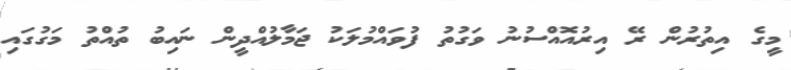
މީގެ އިތުރުން ރޭ އިރުއޮއްސުނު ވަގުތު ފުވައްމުލަކު ޖަމާލުއްދީން ނައިބު ތުއްތު މަގުގައި